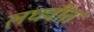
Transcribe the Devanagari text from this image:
लघवीत